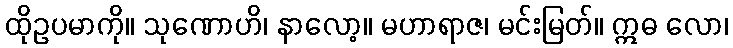
ထိုဥပမာကို။ သုဏောဟိ၊ နာလော့။ မဟာရာဇ၊ မင်းမြတ်။ ဣဓ လော၊